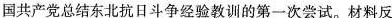
国共产党总结东北抗日斗争经验教训的第一次尝试。材料反